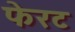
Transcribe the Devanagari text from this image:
फेरट